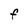
Character: F